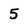
Character: 5